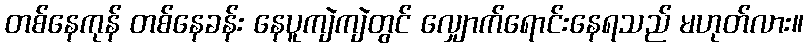
တစ်နေကုန် တစ်နေခန်း နေပူကျဲကျဲတွင် လျှောက်ရောင်းနေရသည် မဟုတ်လား။